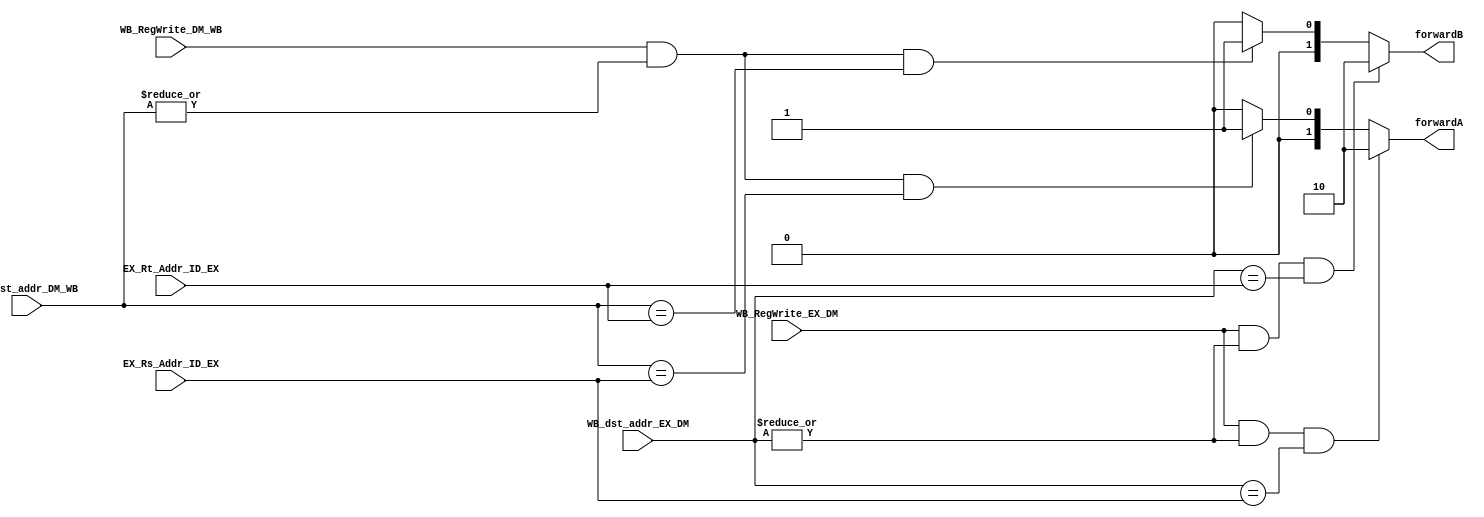
module forwardingUnit(EX_Rs_Addr_ID_EX, EX_Rt_Addr_ID_EX, WB_dst_addr_EX_DM, WB_dst_addr_DM_WB,
					WB_RegWrite_EX_DM, WB_RegWrite_DM_WB, forwardA, forwardB);

input [3:0] EX_Rs_Addr_ID_EX, EX_Rt_Addr_ID_EX, WB_dst_addr_EX_DM, WB_dst_addr_DM_WB;
input WB_RegWrite_EX_DM, WB_RegWrite_DM_WB;
output reg [1:0] forwardA, forwardB;

localparam NO_HAZARD  = 2'b00;
localparam EX_HAZARD  = 2'b10;
localparam MEM_HAZARD = 2'b01;

always @(*) begin
	if ((WB_RegWrite_EX_DM && |WB_dst_addr_EX_DM) && (WB_dst_addr_EX_DM == EX_Rs_Addr_ID_EX)) begin
		forwardA <= EX_HAZARD;
	end else if ((WB_RegWrite_DM_WB && |WB_dst_addr_DM_WB) && (WB_dst_addr_DM_WB == EX_Rs_Addr_ID_EX)) begin
		forwardA <= MEM_HAZARD;
	end else begin
		forwardA <= NO_HAZARD;
	end
	if ((WB_RegWrite_EX_DM & |WB_dst_addr_EX_DM) & (WB_dst_addr_EX_DM == EX_Rt_Addr_ID_EX)) begin
		forwardB <= EX_HAZARD;
	end else if ((WB_RegWrite_DM_WB && |WB_dst_addr_DM_WB) && (WB_dst_addr_DM_WB == EX_Rt_Addr_ID_EX)) begin
		forwardB <= MEM_HAZARD;
	end else begin
		forwardB <= NO_HAZARD;
	end
end

endmodule











module JR_forward(ctrl_jr, id_rs, ex_rd, forward);

input [3:0] id_rs, ex_rd;
input ctrl_jr;
output reg forward;

localparam FORWARD    = 1'b1;
localparam NO_FORWARD = 1'b0;

always @(*) begin
	forward = (ctrl_jr && (id_rs == ex_rd)) ? FORWARD : NO_FORWARD;
end

endmodule